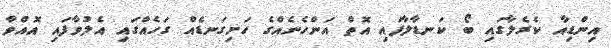
އިންޑިއާ ކެރެލާގައި ބޯ ކަނޑާލާފައި އޮތް އަންހެނެއްގެ ހަށިގަނޑެއް ގަހެއްގައި އެލުވާފައި އޮއްވާ